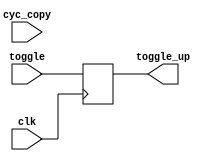
module alpha_3 (
   toggle_up,
   clk, toggle, cyc_copy
   );
   input clk;
   input toggle;
   input [7:0] cyc_copy;
   reg 	       toggle_internal;
   output reg  toggle_up;
   always @ (posedge clk) begin
      toggle_internal <= toggle;
      toggle_up       <= toggle;
   end
endmodule